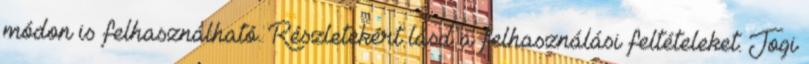
módon is felhasználható. Részletekért lásd a felhasználási feltételeket. Jogi